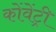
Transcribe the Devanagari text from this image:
कोंवेंट्री